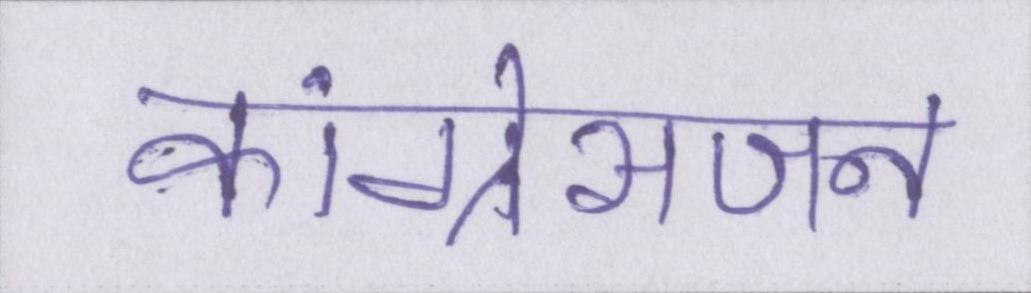
कांग्रेसजन